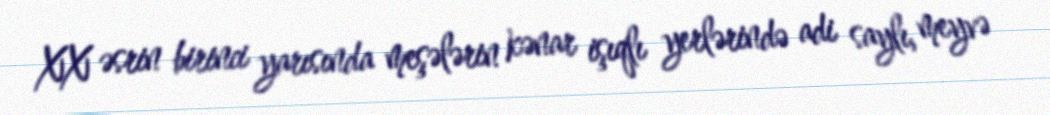
XX əsrin birinci yarısında meşələrin kənar işıqlı yerlərində adi saylı, meyvə